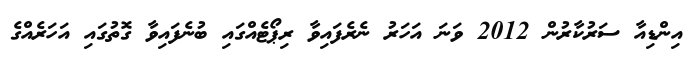
އިންޑިއާ ސަރުކާރުން 2012 ވަނަ އަހަރު ނެރެފައިވާ ރިޕޯޓެއްގައި ބުނެފައިވާ ގޮތުގައި އަހަރެއްގެ